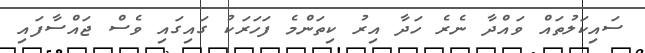
ސައިކަލުތައް ވައްދާ ނެރެ ހަދާ އިރު ކިތަންމެ ފަހަރަކު ގައިގައި ވެސް ޖައްސާފައި